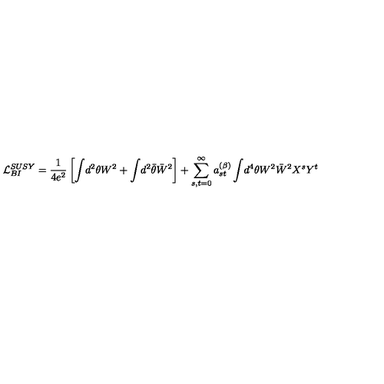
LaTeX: { \cal L } _ { { B I } } ^ { { S U S Y } } = \frac { 1 } { 4 e ^ { 2 } } \left[ \int \! d ^ { 2 } \theta W ^ { 2 } + \int \! d ^ { 2 } \bar { \theta } \bar { W } ^ { 2 } \right] + \sum _ { s , t = 0 } ^ { \infty } a _ { s t } ^ { ( \beta ) } \int \! d ^ { 4 } \theta W ^ { 2 } \bar { W } ^ { 2 } X ^ { s } Y ^ { t }